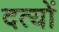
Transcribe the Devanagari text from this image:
दत्यों